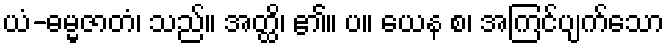
ယံ-ဓမ္မဇာတံ၊ သည်။ အတ္ထိ၊ ၏။ ပ။ ယေန စ၊ အကြင်ပျက်သော